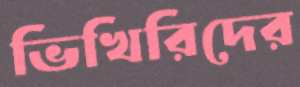
ভিখিরিদের